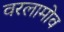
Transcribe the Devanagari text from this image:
वरलामोव